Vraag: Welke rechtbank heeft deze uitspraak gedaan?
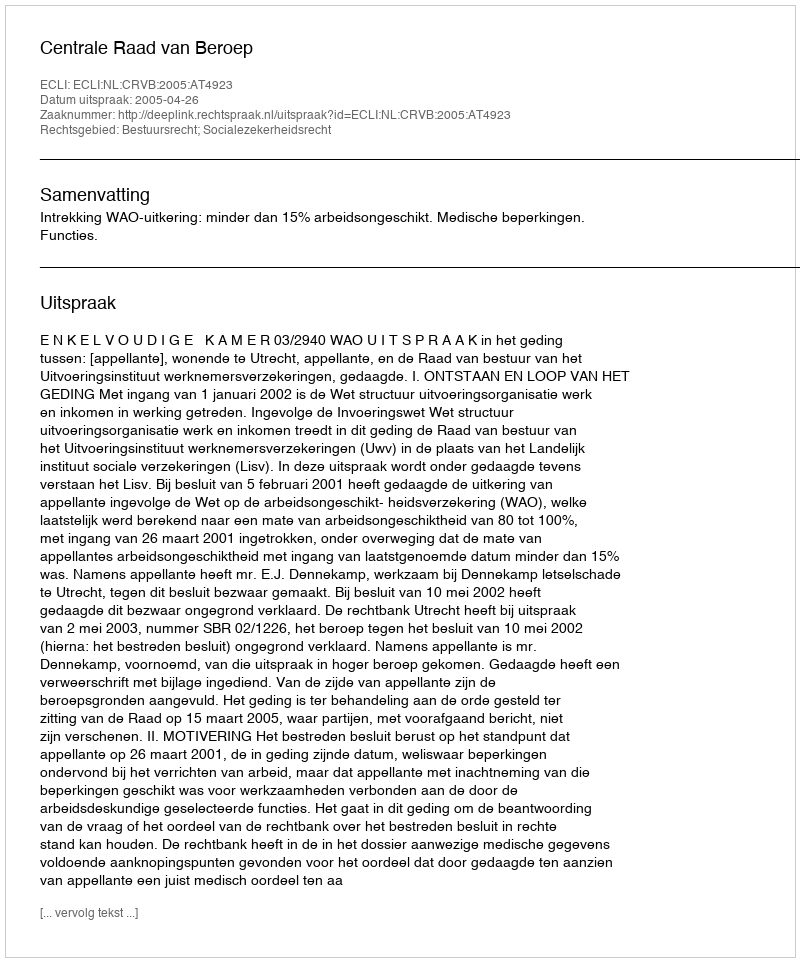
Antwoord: Centrale Raad van Beroep